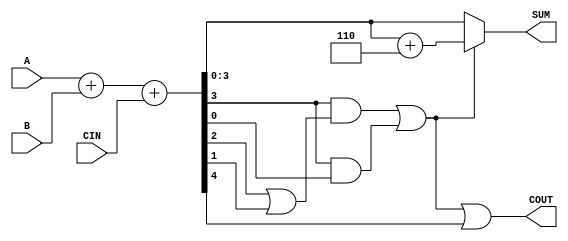
module BCD_Conditional_Adder (
    input  wire [3:0] A,      // First BCD operand
    input  wire [3:0] B,      // Second BCD operand
    input  wire CIN,          // Carry input
    output wire [3:0] SUM,    // Resultant BCD sum
    output wire COUT          // Carry output
);

    wire [4:0] S;             // 5-bit sum (to accommodate carry)
    wire correction_needed;    // Flag for correction
    wire [4:0] corrected_sum;  // Corrected sum if correction is needed

    // Step 1: Perform binary addition
    assign S = A + B + CIN;

    // Step 2: Check if correction is needed
    assign correction_needed = (S[3] & (S[2] | S[1])) | (S[3] & S[0]);

    // Step 3: Corrected sum logic
    assign corrected_sum = S + 5'b00110; // Adding 6 in binary (0110)

    // Step 4: Output assignment
    assign SUM = correction_needed ? corrected_sum[3:0] : S[3:0];
    assign COUT = correction_needed | S[4]; // Carry out if correction was needed or if there's a carry from sum

endmodule